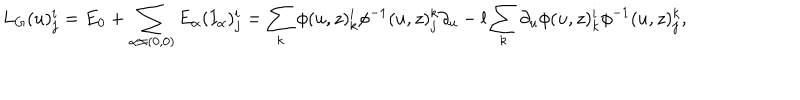
LaTeX: L _ { G } ( u ) _ { j } ^ { i } = E _ { 0 } + \sum _ { \alpha \neq ( 0 , 0 ) } E _ { \alpha } ( I _ { \alpha } ) _ { j } ^ { i } = \sum _ { k } \phi ( u , z ) _ { k } ^ { i } \phi ^ { - 1 } ( u , z ) _ { j } ^ { k } \partial _ { u } - l \sum _ { k } \partial _ { u } \phi ( u , z ) _ { k } ^ { i } \phi ^ { - 1 } ( u , z ) _ { j } ^ { k } ,